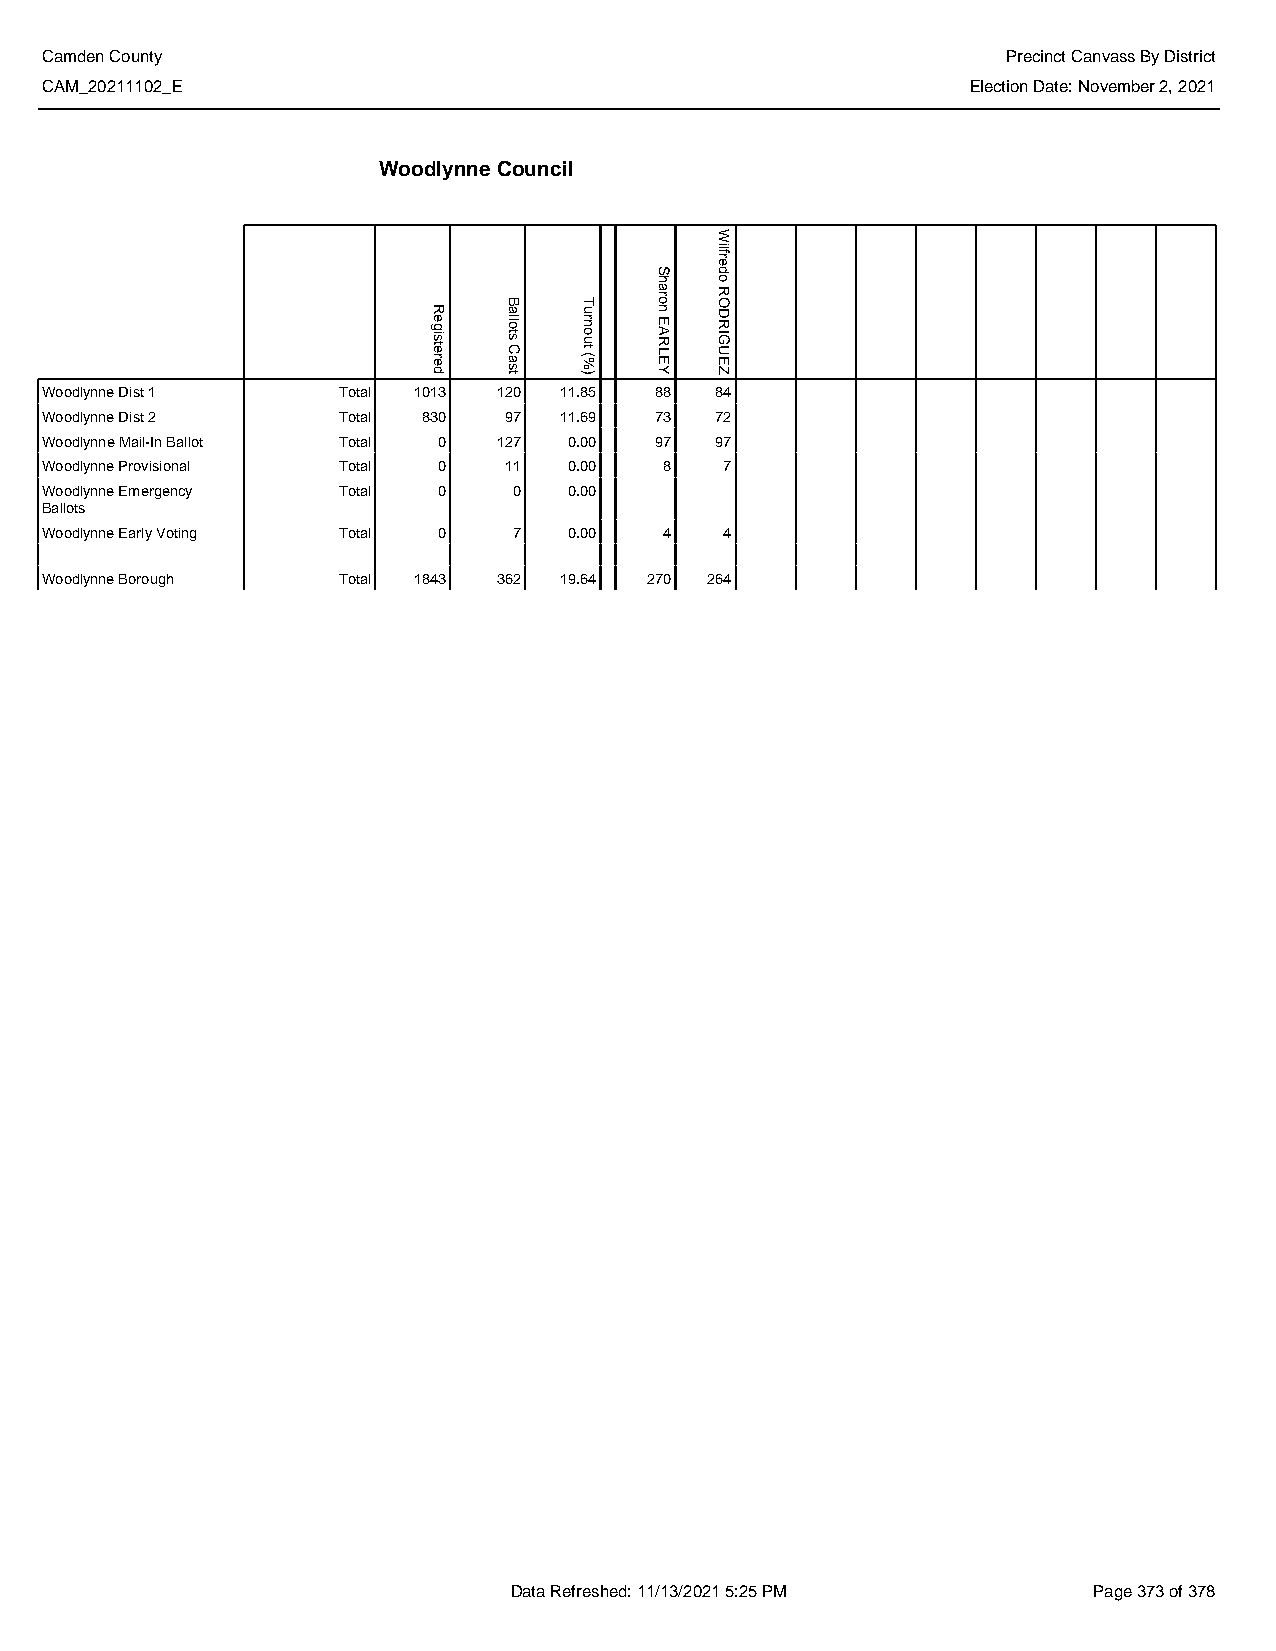
Camden County                                                   Precinct Canvass By District
 CAM_20211102_E                                               Election Date: November 2, 2021
 Woodlynne Council
 Woodlynne Dist 1   Total 1013 120 11.85 88  84
 Woodlynne Dist 2   Total 830  97  11.69 73  72
 Woodlynne Mail-In Ballot Total 0 127 0.00 97 97
 Woodlynne Provisional Total 0 11   0.00  8   7
 Woodlynne Emergency Total 0    0   0.00
 Ballots
 Woodlynne Early Voting Total 0 7   0.00  4   4
 Woodlynne Borough  Total 1843 362 19.64 270 264
 Data Refreshed: 11/13/2021 5:25 PM    Page 373 of 378
 Registered
 Ballots
 Cast
 Turnout
 (%)
 Sharon
 EARLEY
 Wilfredo
 RODRIGUEZ